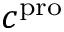
c ^ { \mathrm { p r o } }